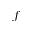
f